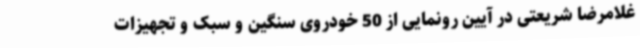
غلامرضا شریعتی در آیین رونمایی از 50 خودروی سنگین و سبک و تجهیزات